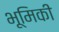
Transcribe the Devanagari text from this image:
भूमिकी